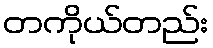
တကိုယ်တည်း